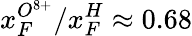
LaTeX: x_{F}^{O^{8+}}/x_{F}^{H}\approx 0.68